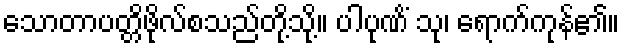
သောတာပတ္တိဖိုလ်စသည်တို့သို့။ ပါပုဏိံ သု၊ ရောက်ကုန်၏။